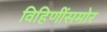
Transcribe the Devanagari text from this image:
विहिणींसमोर